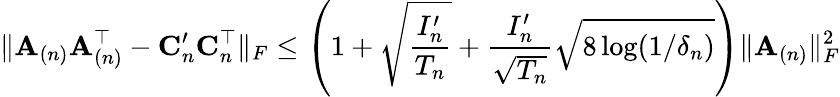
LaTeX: \| \mathbf{A}_{(n)}\mathbf{A}_{(n)}^{\top}-\mathbf{C}_{n}^{\prime}\mathbf{C}_{n}^{\top}\| _{F}\leq\left(1+\sqrt{\frac{I_{n}^{\prime}}{T_{n}}}+\frac{I_{n}^{\prime}}{\sqrt{T_{n}}}\sqrt{8\log(1/\delta_{n})}\right)\| \mathbf{A}_{(n)}\| _{F}^{2}